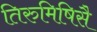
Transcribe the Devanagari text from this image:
तिरुमिषिसै